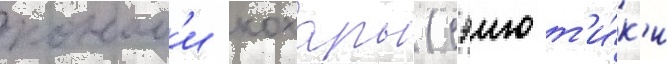
коном'и кохары (сэию т'и́к'и